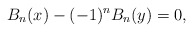
\begin{align*}B_n (x) - (-1)^n B_n (y)=0,\end{align*}